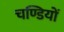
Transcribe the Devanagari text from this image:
चण्डियों